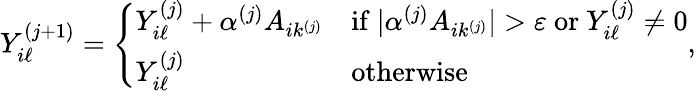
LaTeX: Y_{i\ell}^{(j+1)}=\left\{ \begin{array}{ll}{Y_{i\ell}^{(j)}+\alpha^{(j)}A_{ik^{(j)}}}&{\mathrm{if~}\lvert\alpha^{(j)}A_{ik^{(j)}}\rvert>\varepsilon\mathrm{~or~}Y_{i\ell}^{(j)}\neq 0}\\ {Y_{i\ell}^{(j)}}&{\mathrm{otherwise}}\end{array}\right.,